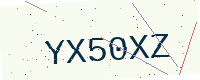
Text: YX50XZ